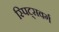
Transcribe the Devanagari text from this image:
स्पिट्सवर्ग